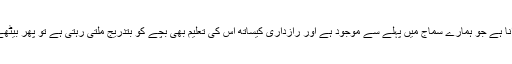
جب مشرقیت تباہ کرکے گھوم پھر کے اسی نصاب پہ واپس آنا ہے جو ہمارے سماج میں پہلے سے موجود ہے اور رازداری کیساتھ اس کی تعلیم بھی بچے کو بتدریج ملتی رہتی ہے تو پھر بیٹھے بٹھائے ایک نئی مصیبت میں پڑھنے کی ضرورت کیا ہے۔